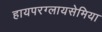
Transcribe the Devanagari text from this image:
हायपरग्लायसेमिया